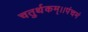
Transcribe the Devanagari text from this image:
चतुर्थकम्।।पंचमं